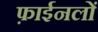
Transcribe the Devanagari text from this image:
फ़ाईनलों